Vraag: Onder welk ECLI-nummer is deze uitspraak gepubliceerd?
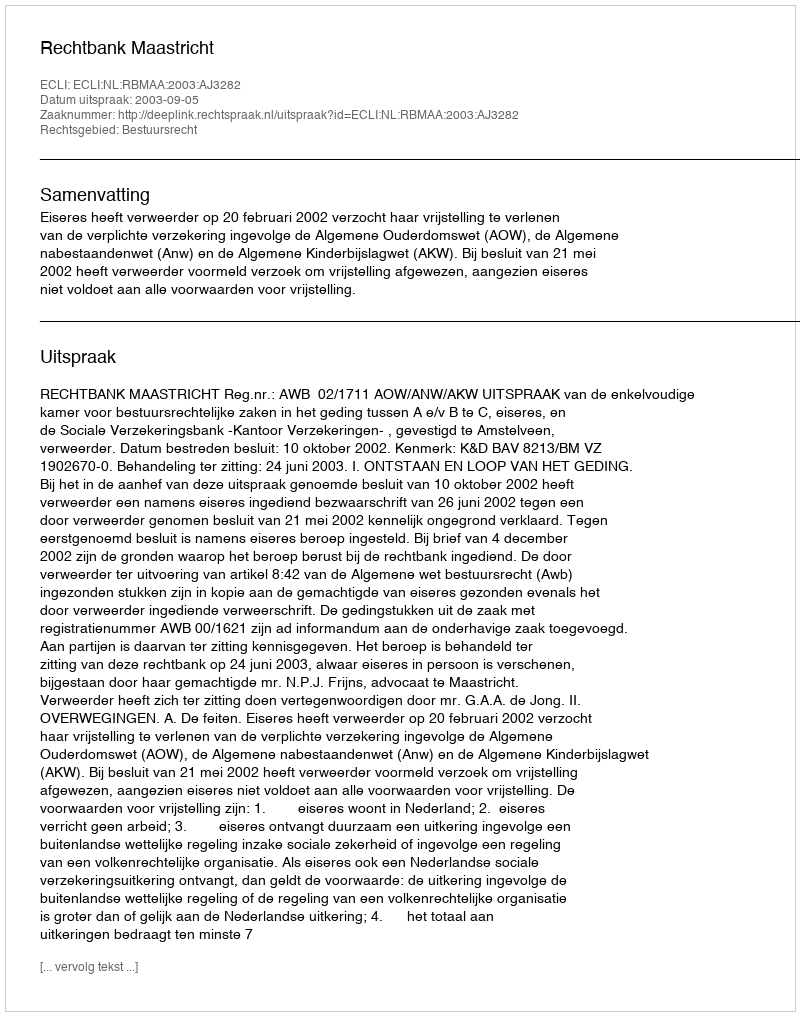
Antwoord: ECLI:NL:RBMAA:2003:AJ3282